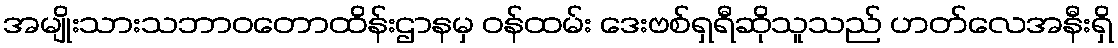
အမျိုးသားသဘာဝတောထိန်းဌာနမှ ဝန်ထမ်း ဒေးဗစ်ရှရီဆိုသူသည် ဟတ်လေအနီးရှိ